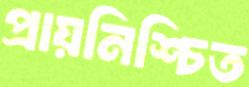
প্রায়নিশ্চিত